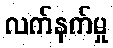
လက်နက်မှု